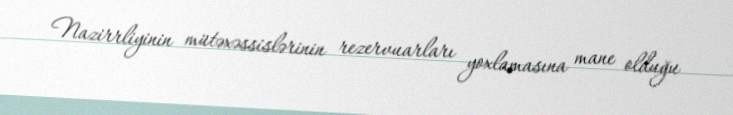
Nazirrliyinin mütəxəssislərinin rezervuarları yoxlamasına mane olduğu